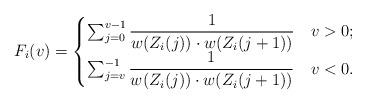
LaTeX: \begin{align*} F_i(v)=\begin{cases} \sum_{j=0}^{v-1} \dfrac{1}{w(Z_i (j))\cdot w(Z_i (j+1))} & v>0; \\\sum_{j=v}^{-1} \dfrac{1}{w(Z_i (j))\cdot w(Z_i (j+1))} & v<0. \\\end{cases}\end{align*}